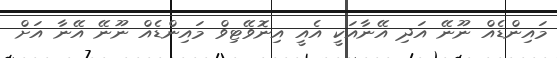
މައިންޑެއް ނޫނޭ އަދި އޭނާއަކީ އެއީ އިނޮވޭޓިވް މައިންޑެއް ނޫނޭ އޭނާ އަށް